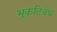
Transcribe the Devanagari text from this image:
भूकटिबंध